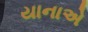
યાનાએ